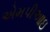
એમપીઆઇ